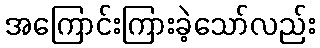
အကြောင်းကြားခဲ့သော်လည်း